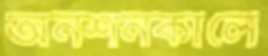
অনশনকালে